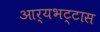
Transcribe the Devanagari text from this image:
आर्यभट्टास